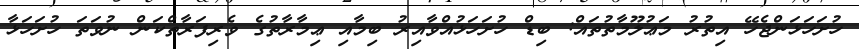
ހުށަހަޅަންޖެހޭ އިތުރު މަޢުލޫމާތުތައް: ބިޑް ހުށަހަޅުއްވާއިރު ބިމާއި ޢިމާރާތުގެ ވެރިފަރާތްކަން ނުވަތަ ހުށަހަޅާ